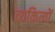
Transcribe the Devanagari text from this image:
व्यकित्यों